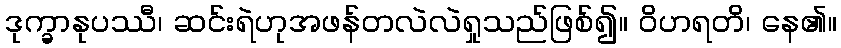
ဒုက္ခာနုပဿီ၊ ဆင်းရဲဟုအဖန်တလဲလဲရှုသည်ဖြစ်၍။ ဝိဟရတိ၊ နေ၏။